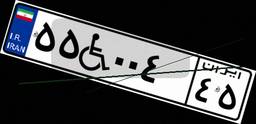
۵۵W۰۰۴۴۵